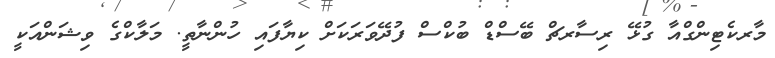
މާރކެޓިންގްއާ ގުޅޭ ރިސާރޗް ބޭސްޑް ބުކްސް ފުދޭވަރަކަށް ކިޔާފައި ހުންނާތީ. މަލާކްގެ ވިޝަންއަކީ